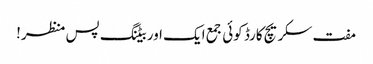
مفت سکریچ کارڈ کوئی جمع ایک اور بیٹنگ پس منظر!